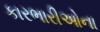
કારભારીઓના